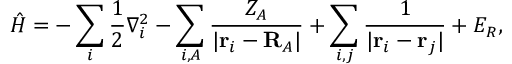
\hat { H } = - \sum _ { i } \frac { 1 } { 2 } \nabla _ { i } ^ { 2 } - \sum _ { i , A } \frac { Z _ { A } } { | \mathbf { r } _ { i } - \mathbf { R } _ { A } | } + \sum _ { i , j } \frac { 1 } { | \mathbf { r } _ { i } - \mathbf { r } _ { j } | } + E _ { R } ,